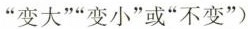
”变大””变小”或”不变”)